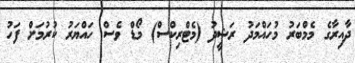
ދާއިރާގެ މެމްބަރު މުހައްމަދު ރަޝީދު (މެޓްރިކްސް) މޯޑް ވެސް ހައްޔަރު ކުރުމަށް ފަހު